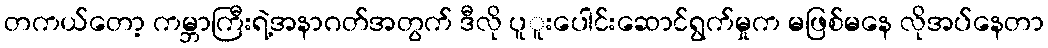
တကယ်တော့ ကမ္ဘာကြီးရဲ့အနာဂတ်အတွက် ဒီလို ပူူးပေါင်းဆောင်ရွက်မှုက မဖြစ်မနေ လိုအပ်နေတာ